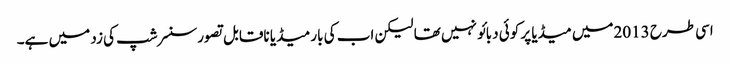
اسی طرح 2013میں میڈیا پر کوئی دبائو نہیں تھا لیکن اب کی بار میڈیا ناقابل تصورسنسرشپ کی زد میں ہے۔